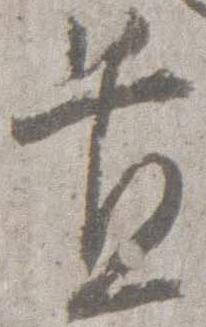
置